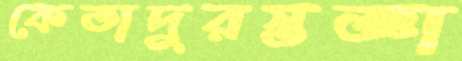
কেতাদুরস্তজ্ঞা